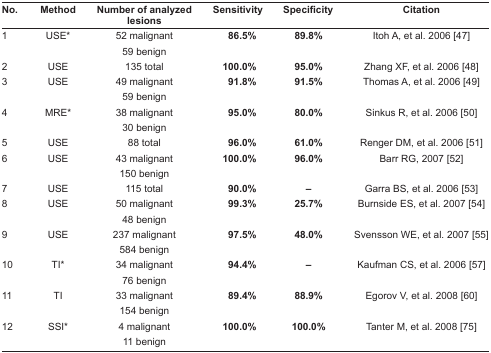
<table><thead><tr><td><b>No.</b></td><td><b>Method</b></td><td><b>Number of analyzed lesions</b></td><td><b>Sensitivity</b></td><td><b>Specificity</b></td><td><b>Citation</b></td></tr></thead><tbody><tr><td>1</td><td>USE*</td><td>52 malignant</td><td><b>86.5%</b></td><td><b>89.8%</b></td><td>Itoh A, et al. 2006 [47]</td></tr><tr><td></td><td></td><td>59 benign</td><td></td><td></td><td></td></tr><tr><td>2</td><td>USE</td><td>135 total</td><td><b>100.0%</b></td><td><b>95.0%</b></td><td>Zhang XF, et al. 2006 [48]</td></tr><tr><td>3</td><td>USE</td><td>49 malignant</td><td><b>91.8%</b></td><td><b>91.5%</b></td><td>Thomas A, et al. 2006 [49]</td></tr><tr><td></td><td></td><td>59 benign</td><td></td><td></td><td></td></tr><tr><td>4</td><td>MRE*</td><td>38 malignant</td><td><b>95.0%</b></td><td><b>80.0%</b></td><td>Sinkus R, et al. 2006 [50]</td></tr><tr><td></td><td></td><td>30 benign</td><td></td><td></td><td></td></tr><tr><td>5</td><td>USE</td><td>88 total</td><td><b>96.0%</b></td><td><b>61.0%</b></td><td>Renger DM, et al. 2006 [51]</td></tr><tr><td>6</td><td>USE</td><td>43 malignant</td><td><b>100.0%</b></td><td><b>96.0%</b></td><td>Barr RG, 2007 [52]</td></tr><tr><td></td><td></td><td>150 benign</td><td></td><td></td><td></td></tr><tr><td>7</td><td>USE</td><td>115 total</td><td><b>90.0%</b></td><td><b>–</b></td><td>Garra BS, et al. 2006 [53]</td></tr><tr><td>8</td><td>USE</td><td>50 malignant</td><td><b>99.3%</b></td><td><b>25.7%</b></td><td>Burnside ES, et al. 2007 [54]</td></tr><tr><td></td><td></td><td>48 benign</td><td></td><td></td><td></td></tr><tr><td>9</td><td>USE</td><td>237 malignant</td><td><b>97.5%</b></td><td><b>48.0%</b></td><td>Svensson WE, et al. 2007 [55]</td></tr><tr><td></td><td></td><td>584 benign</td><td></td><td></td><td></td></tr><tr><td>10</td><td>TI*</td><td>34 malignant</td><td><b>94.4%</b></td><td><b>–</b></td><td>Kaufman CS, et al. 2006 [57]</td></tr><tr><td></td><td></td><td>76 benign</td><td></td><td></td><td></td></tr><tr><td>11</td><td>TI</td><td>33 malignant</td><td><b>89.4%</b></td><td><b>88.9%</b></td><td>Egorov V, et al. 2008 [60]</td></tr><tr><td></td><td></td><td>154 benign</td><td></td><td></td><td></td></tr><tr><td>12</td><td>SSI*</td><td>4 malignant</td><td><b>100.0%</b></td><td><b>100.0%</b></td><td>Tanter M, et al. 2008 [75]</td></tr><tr><td></td><td></td><td>11 benign</td><td></td><td></td><td></td></tr></tbody></table>